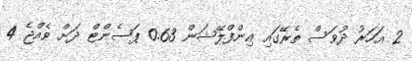
2 އަހަރު ދުވަސް ތެރޭގައި އިންފްލޭޝަން 0.63 ޕަސެންޓް ދަށް ވެއްޖެ 4